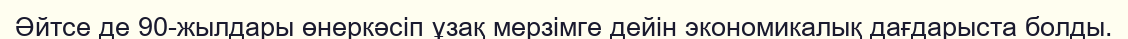
Әйтсе де 90-жылдары өнеркәсіп ұзақ мерзімге дейін экономикалық дағдарыста болды.